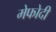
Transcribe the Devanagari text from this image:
मेफोदी